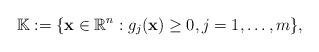
LaTeX: \begin{align*}\mathbb{K}:= \{\mathbf{x}\in\mathbb{R}^n: g_j(\mathbf{x})\geq0, j=1,\ldots,m\},\end{align*}